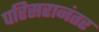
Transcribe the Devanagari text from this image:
परिसरानंतर